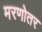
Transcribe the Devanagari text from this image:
मरणोतर